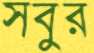
সবুর